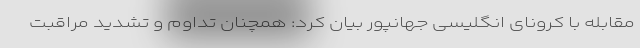
مقابله با کرونای انگلیسی جهانپور بیان کرد: همچنان تداوم و تشدید مراقبت